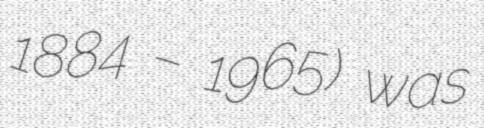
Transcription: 1884 – 1965) was